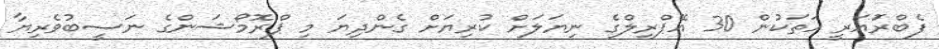
ފެބްރަުއަރީ ހަތަކުން 30 އޭޕްރިލްގެ ނިޔަލަށް ކުރިޔަށް ގެންދިޔަ މި ޕްރޮމޯޝަންގެ ނަސީބުވެރިޔާ